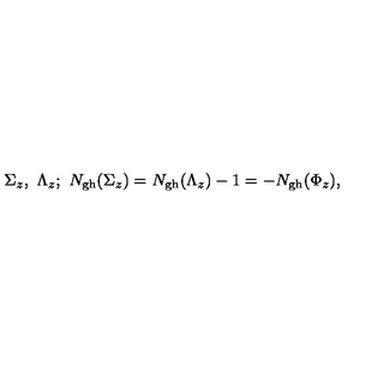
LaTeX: \Sigma _ { z } , \ \Lambda _ { z } ; \ N _ { \mathrm { g h } } ( \Sigma _ { z } ) = N _ { \mathrm { g h } } ( \Lambda _ { z } ) - 1 = - N _ { \mathrm { g h } } ( \Phi _ { z } ) ,